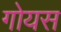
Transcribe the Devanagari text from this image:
गोयस